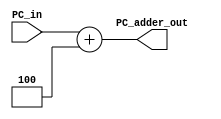

module PC_Adder(PC_in, PC_adder_out);

input [31:0] PC_in;
output reg [31:0] PC_adder_out;

always @(PC_in)
begin
	PC_adder_out <= PC_in + 4;
end

endmodule